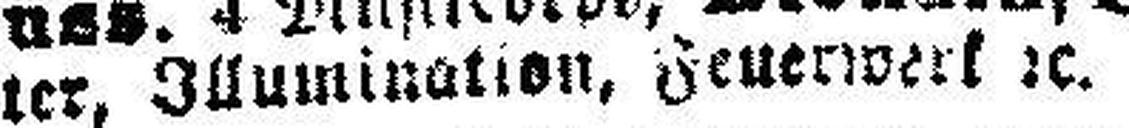
ter Illumination, Feuerwerk 2c.